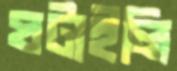
ঘটাইলি